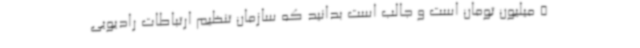
5 میلیون تومان است و جالب است بدانید که سازمان تنظیم ارتباطات رادیویی